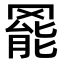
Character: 𮊓